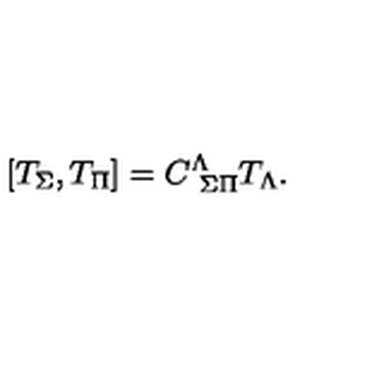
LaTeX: \left[ T _ { \Sigma } , T _ { \Pi } \right] = C _ { \ \Sigma \Pi } ^ { \Lambda } T _ { \Lambda } .